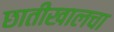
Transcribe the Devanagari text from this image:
छातीखालचा